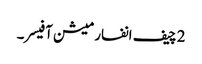
2 چیف انفارمیشن آفیسر۔